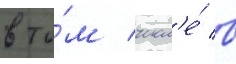
в то́м числ'е́ в